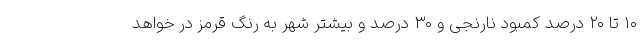
۱۰ تا ۲۰ درصد کمبود نارنجی و ۳۰ درصد و بیشتر شهر به رنگ قرمز در خواهد